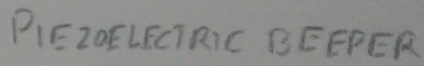
Text: PEIZO ELECTRIC BEEPER